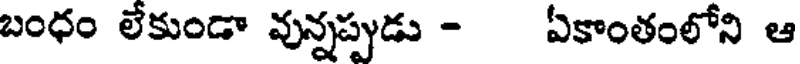
బంధం లేకుండా వున్నప్పుడు - ఏకాంతంలోని ఆ